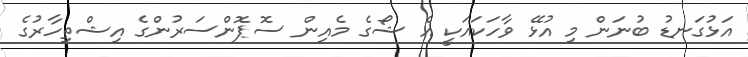
އަޅުގަނޑު ބުނަން މި އުޅޭ ވާހަކައަކީ އެ ޝޯގެ މެއިން ސޮޕޮންސަރުންގެ އިޝްތިހާރުގެ